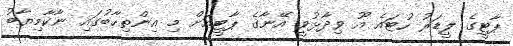
ޕާޓީގެ ލީޑަރު ހުޓައެ އޫ ވިދާޅުވީ އޭނާގެ ޕާޓީއަށް މި އިންތިހާބުގައި ނާކާމިޔާބު